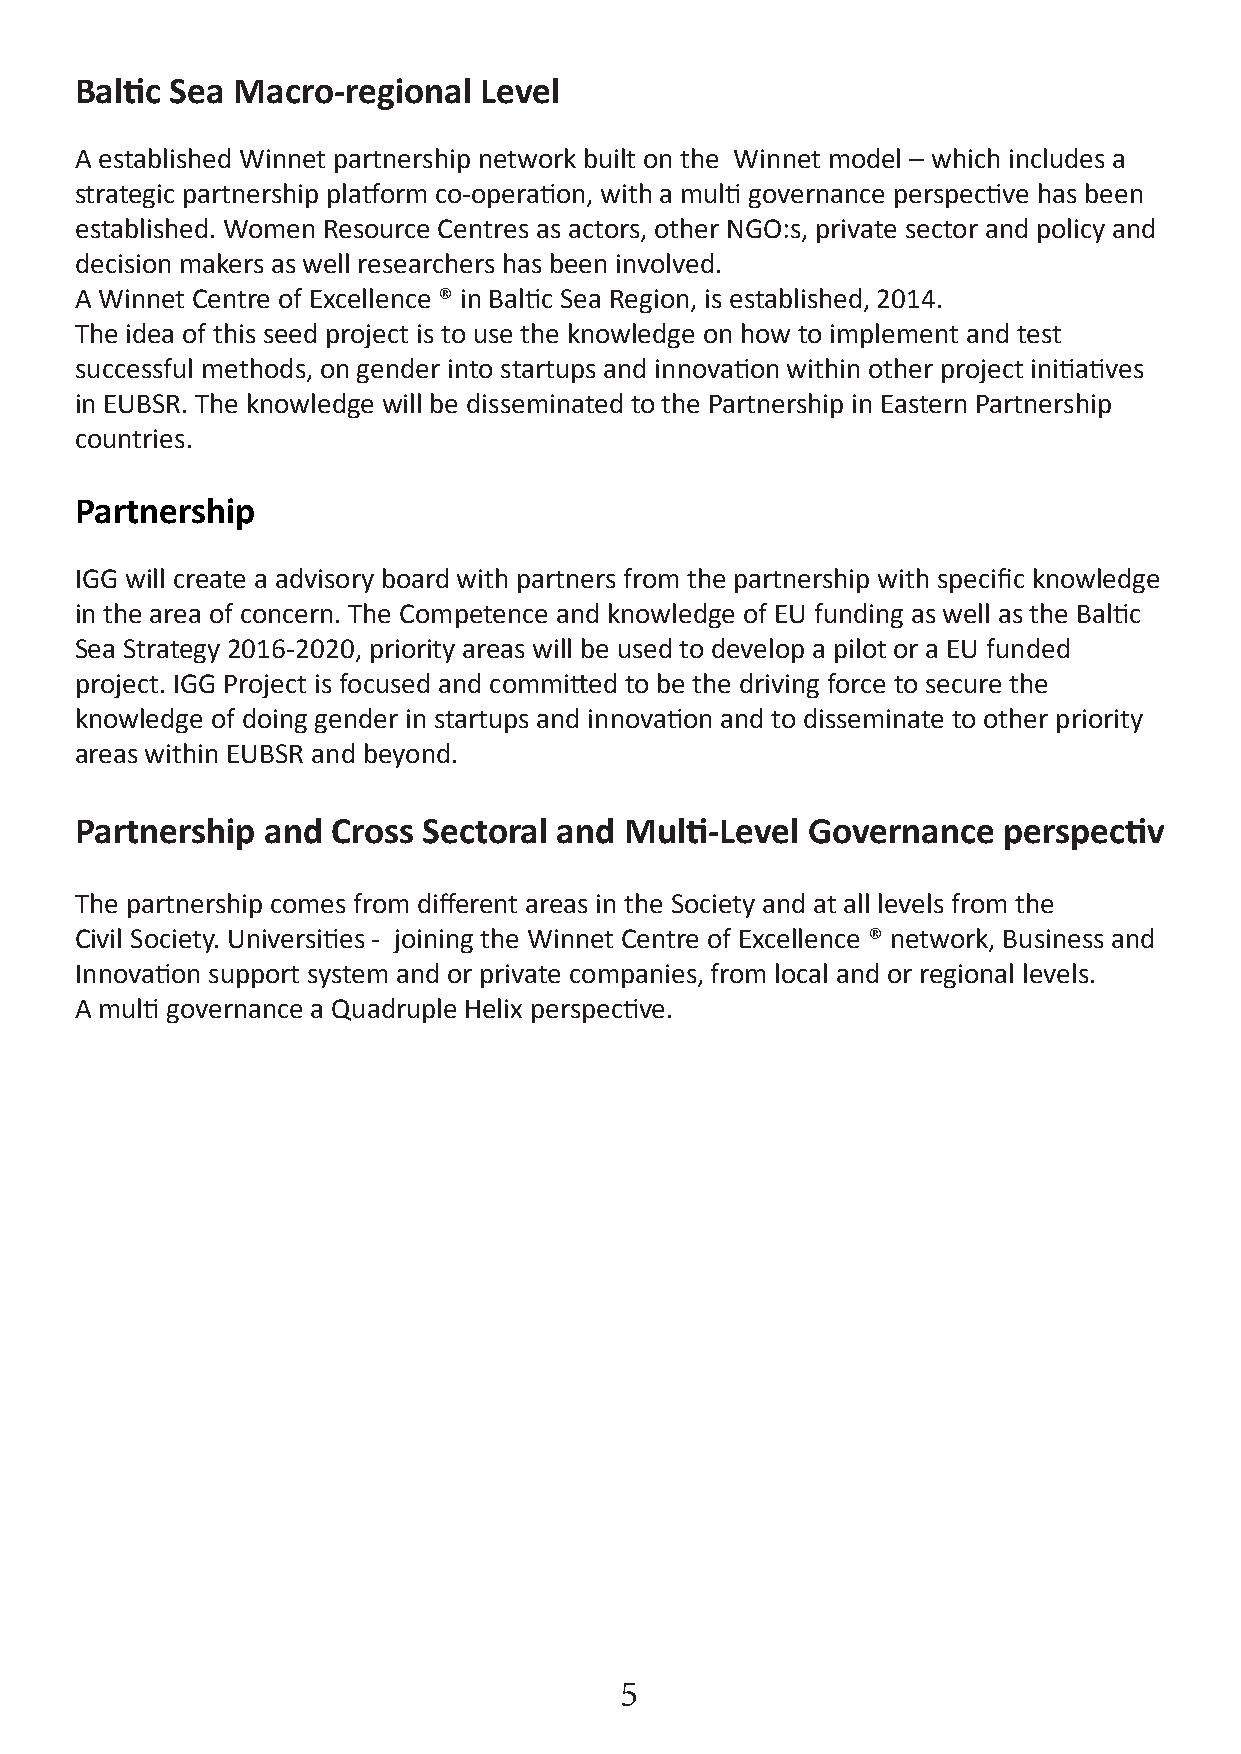
Baltic Sea Macro-regional  Level
 A established Winnet partnership network built on the Winnet model – which includes a
 strategic partnership platform co-operation, with a multi governance perspective has been
 established. Women Resource Centres as actors, other NGO:s, private sector and policy and
 decision makers as well researchers has been involved.
 A Winnet Centre of Excellence ® in Baltic Sea Region, is established, 2014.
 The idea of this seed project is to use the knowledge on how to implement and test
 successful methods, on gender into startups and innovation within other project initiatives
 in EUBSR. The knowledge will be disseminated to the Partnership in Eastern Partnership
 countries.
 Partnership
 IGG will create a advisory board with partners from the partnership with specific knowledge
 in the area of concern. The Competence and knowledge of EU funding as well as the Baltic
 Sea Strategy 2016-2020, priority areas will be used to develop a pilot or a EU funded
 project. IGG Project is focused and committed to be the driving force to secure the
 knowledge of doing gender in startups and innovation and to disseminate to other priority
 areas within EUBSR and beyond.
 Partnership and  Cross Sectoral and Multi-Level Governance   perspectiv
 The partnership comes from different areas in the Society and at all levels from the
 Civil Society. Universities - joining the Winnet Centre of Excellence ® network, Business and
 Innovation support system and or private companies, from local and or regional levels.
 A multi governance a Quadruple Helix perspective.
 5